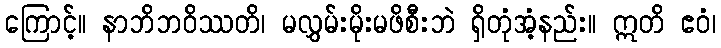
ကြောင့်။ နာဘိဘဝိဿတိ၊ မလွှမ်းမိုးမဖိစီးဘဲ ရှိတုံအံ့နည်း။ ဣတိ ဧဝံ၊